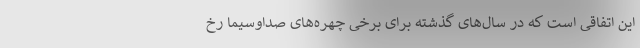
این اتفاقی است که در سال‌های گذشته برای برخی چهره‌های صداوسیما رخ